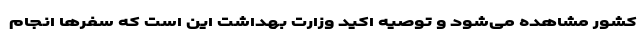
کشور مشاهده می‌شود و توصیه اکید وزارت بهداشت این است که سفرها انجام